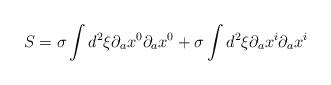
LaTeX: \begin{align*}S = \sigma \int d^2 \xi \partial_a x^0 \partial_a x^0 +\sigma \int d^2 \xi \partial_a x^i \partial_a x^i\end{align*}